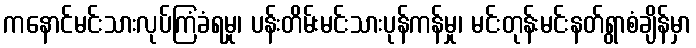
ကနောင်မင်းသားလုပ်ကြံခံရမှု၊ ပန်းတိမ်းမင်းသားပုန်ကန်မှု၊ မင်းတုန်းမင်းနတ်ရွာစံချိန်မှာ